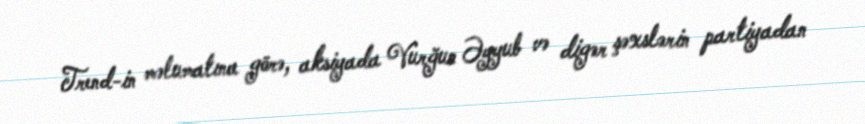
Trend-in məlumatına görə, aksiyada Vurğun Əyyub və digər şəxslərin partiyadan